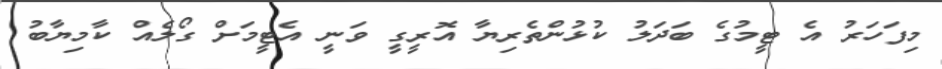
މިފަހަރު އެ ޓީމުގެ ބަދަލު ކުޅުންތެރިޔާ އޮރީގީ ވަނީ އެޓީމަށް ގޯލެއް ކާމިޔާބު